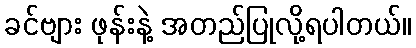
ခင်ဗျား ဖုန်းနဲ့ အတည်ပြုလို့ရပါတယ်။